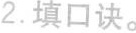
2.填口诀。